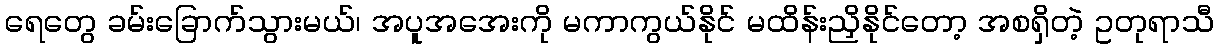
ရေတွေ ခမ်းခြောက်သွားမယ်၊ အပူအအေးကို မကာကွယ်နိုင် မထိန်းညှိနိုင်တော့ အစရှိတဲ့ ဥတုရာသီ